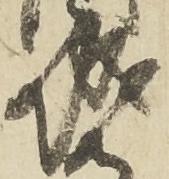
城